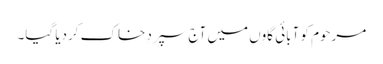
مرحوم کو آبائی گاوں میں آج سپردِ خاک کردیا گیا۔